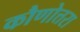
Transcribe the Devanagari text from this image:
कौणोत्तरा